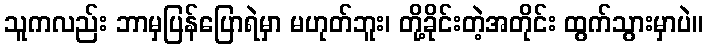
သူကလည်း ဘာမှပြန်ပြောရဲမှာ မဟုတ်ဘူး၊ တို့ခိုင်းတဲ့အတိုင်း ထွက်သွားမှာပဲ။